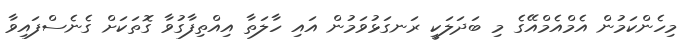
މިހެންކަމުން އެމްއެމްއޭގެ މި ބަދަލަކީ ރަނގަޅުވަމުން އައި ހާލަތާ އިއްތިފާގުވާ ގޮތަކަށް ގެނެސްފައިވާ